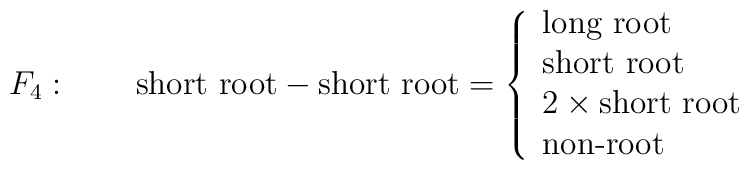
F_4:\qquad \mbox{short root}   - \mbox{short root}=\left\{   \begin{array}{l}      \mbox{long root}\\       \mbox{short root}\\      2\times \mbox{short root}\\      \mbox{non-root}   \end{array}   \right.